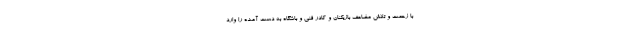
با زحمت و تلاش مضاعف بازیکنان و کادر فنی و باشگاه به دست آمده را وارد